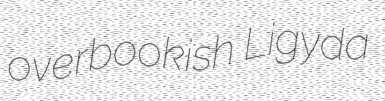
overbookish Ligyda